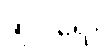
ဆိုပါရေ။